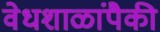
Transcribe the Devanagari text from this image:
वेधशाळांपैकी